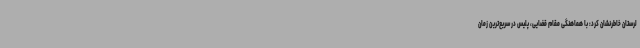
لرستان خاطرنشان کرد: با هماهنگی مقام قضایی، پلیس در سریع‌ترین زمان